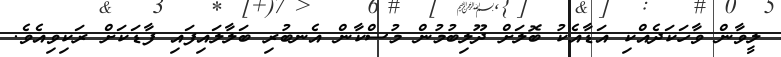
ލީވާން ވާހަކަދެއްކި އަޑާއެކު ބޮލަށް ދޫލިބުމުން މުސްކާން އެނބުރި ބަލާލައިފައި ފާޑަކަށް ރަކިވިއެވެ.